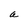
Character: a